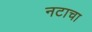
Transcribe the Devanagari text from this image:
नटाचा